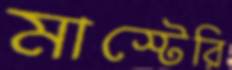
মাস্টেরি